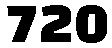
720